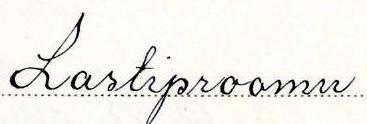
Lastiproomu